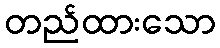
တည်ထားသော